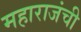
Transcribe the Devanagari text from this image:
महाराजंची